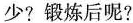
少?锻炼后呢?